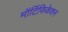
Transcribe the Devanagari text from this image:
मॉर्टिफिकेशन